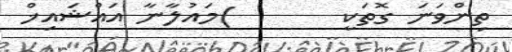
ތިންވަނަ ގޮތަކީ       )މައުލާނާ އައްޝައިޚް